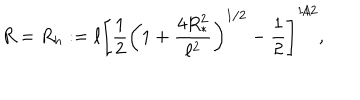
R = R _ { h } : = \ell \left[ \frac { 1 } { 2 } \left( 1 + \frac { 4 R _ { * } ^ { 2 } } { \ell ^ { 2 } } \right) ^ { 1 / 2 } - \frac { 1 } { 2 } \right] ^ { 1 / 2 } ,